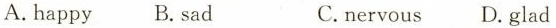
A. happy B.sad C.nervous D.glad